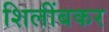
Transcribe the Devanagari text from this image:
शिलींबकर